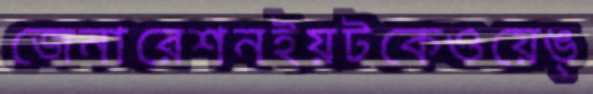
জেনারেশনইয়টকেওয়েঙ্